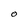
Character: O